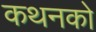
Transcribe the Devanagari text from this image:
कथनको